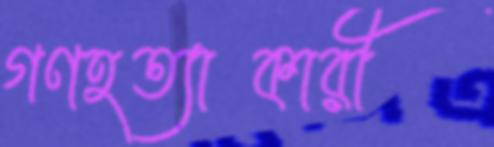
গণহত্যাকারী